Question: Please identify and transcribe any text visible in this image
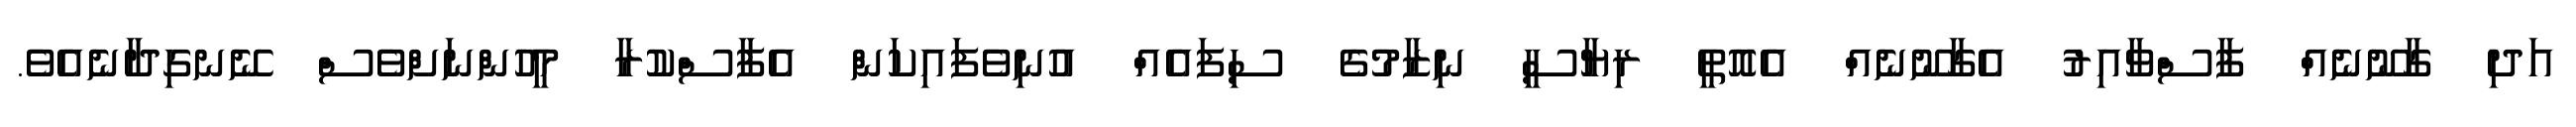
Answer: އަދި ގާނޫނެއް ފާސްވާއިރު އެގާނޫނެއް އެއޮތީ ރިޔާސީ ނިޒާމުގެ ސިފައެއް އުނިވެފައިކަން އެފާސްކުރާ މީހުންނަށްވެސް ނޭނގިދާނެއެވެ.